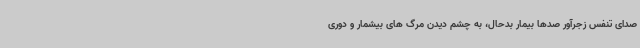
صدای تنفس زجرآور صدها بیمار بدحال، به چشم دیدن مرگ های بیشمار و دوری